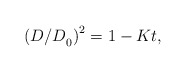
\begin{align*}{\left( {{{{D \mathord{\left/{\vphantom {D D}} \right.\kern-\nulldelimiterspace} D}}_0}} \right)^2} = 1 - Kt,\end{align*}